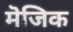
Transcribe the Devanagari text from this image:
मॆजिक